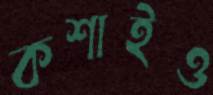
কশাইও